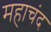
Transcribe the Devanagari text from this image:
महाचंद